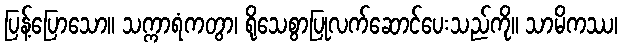
ပြန့်ပြောသော။ သက္ကာရံကတွာ၊ ရိုသေစွာပြုလက်ဆောင်ပေးသည်ကို။ သာမိကဿ၊